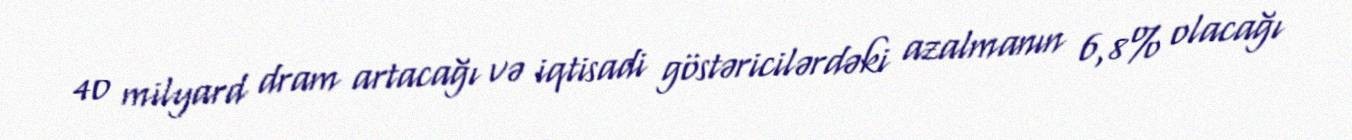
40 milyard dram artacağı və iqtisadi göstəricilərdəki azalmanın 6,8% olacağı